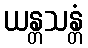
ယန္တသန္တံ